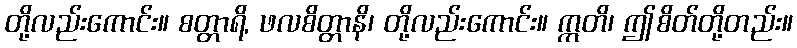
တို့လည်းကောင်း။ စတ္တာရိ, ဖလစိတ္တာနိ၊ တို့လည်းကောင်း။ ဣတိ၊ ဤစိတ်တို့တည်း။